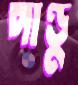
পাণ্ডু